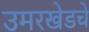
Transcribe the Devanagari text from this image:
उमरखेडचे